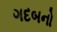
ગદબનો